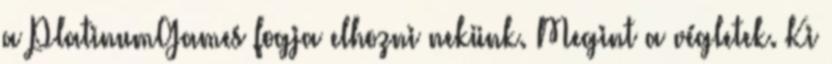
a PlatinumGames fogja elhozni nekünk. Megint a végletek. Ki